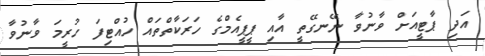
އަދި ޕާޓީއަށް ވާނުވާ ނޭނގޭތީ އާއި ޕީޕީއެމްގެ ހަރަކާތްތައް ހުއްޓިފަ ހުރީމަ ވާނުވާ